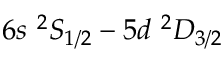
6 s ~ ^ { 2 } S _ { 1 / 2 } - 5 d ~ ^ { 2 } D _ { 3 / 2 }